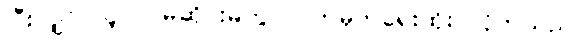
ပြီးလျှင် သူက မဆိုင်းမတွ လက်မှတ်ရေးထိုး လိုက်သည်။